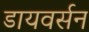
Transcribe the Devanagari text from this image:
डायवर्सन